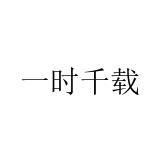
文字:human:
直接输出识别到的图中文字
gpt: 一时千载